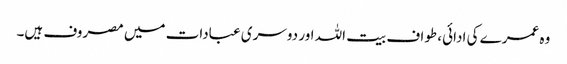
وہ عمرے کی ادائی، طواف بیت اللہ اور دوسری عبادات میں مصروف ہیں۔